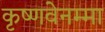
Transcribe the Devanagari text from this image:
कृष्णवेनम्मा